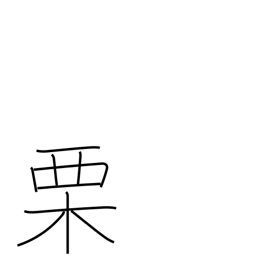
Meaning: chestnut